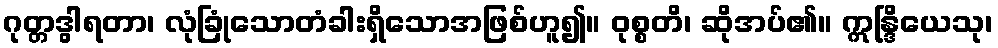
ဂုတ္တဒွါရတာ၊ လုံခြုံသောတံခါးရှိသောအဖြစ်ဟူ၍။ ဝုစ္စတိ၊ ဆိုအပ်၏။ ဣန္ဒြိယေသု၊